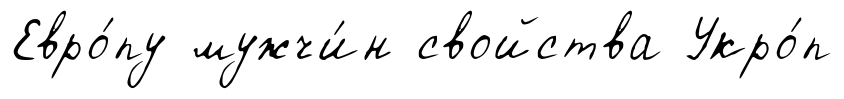
Евро́пу мужчи́н свойства Укро́п